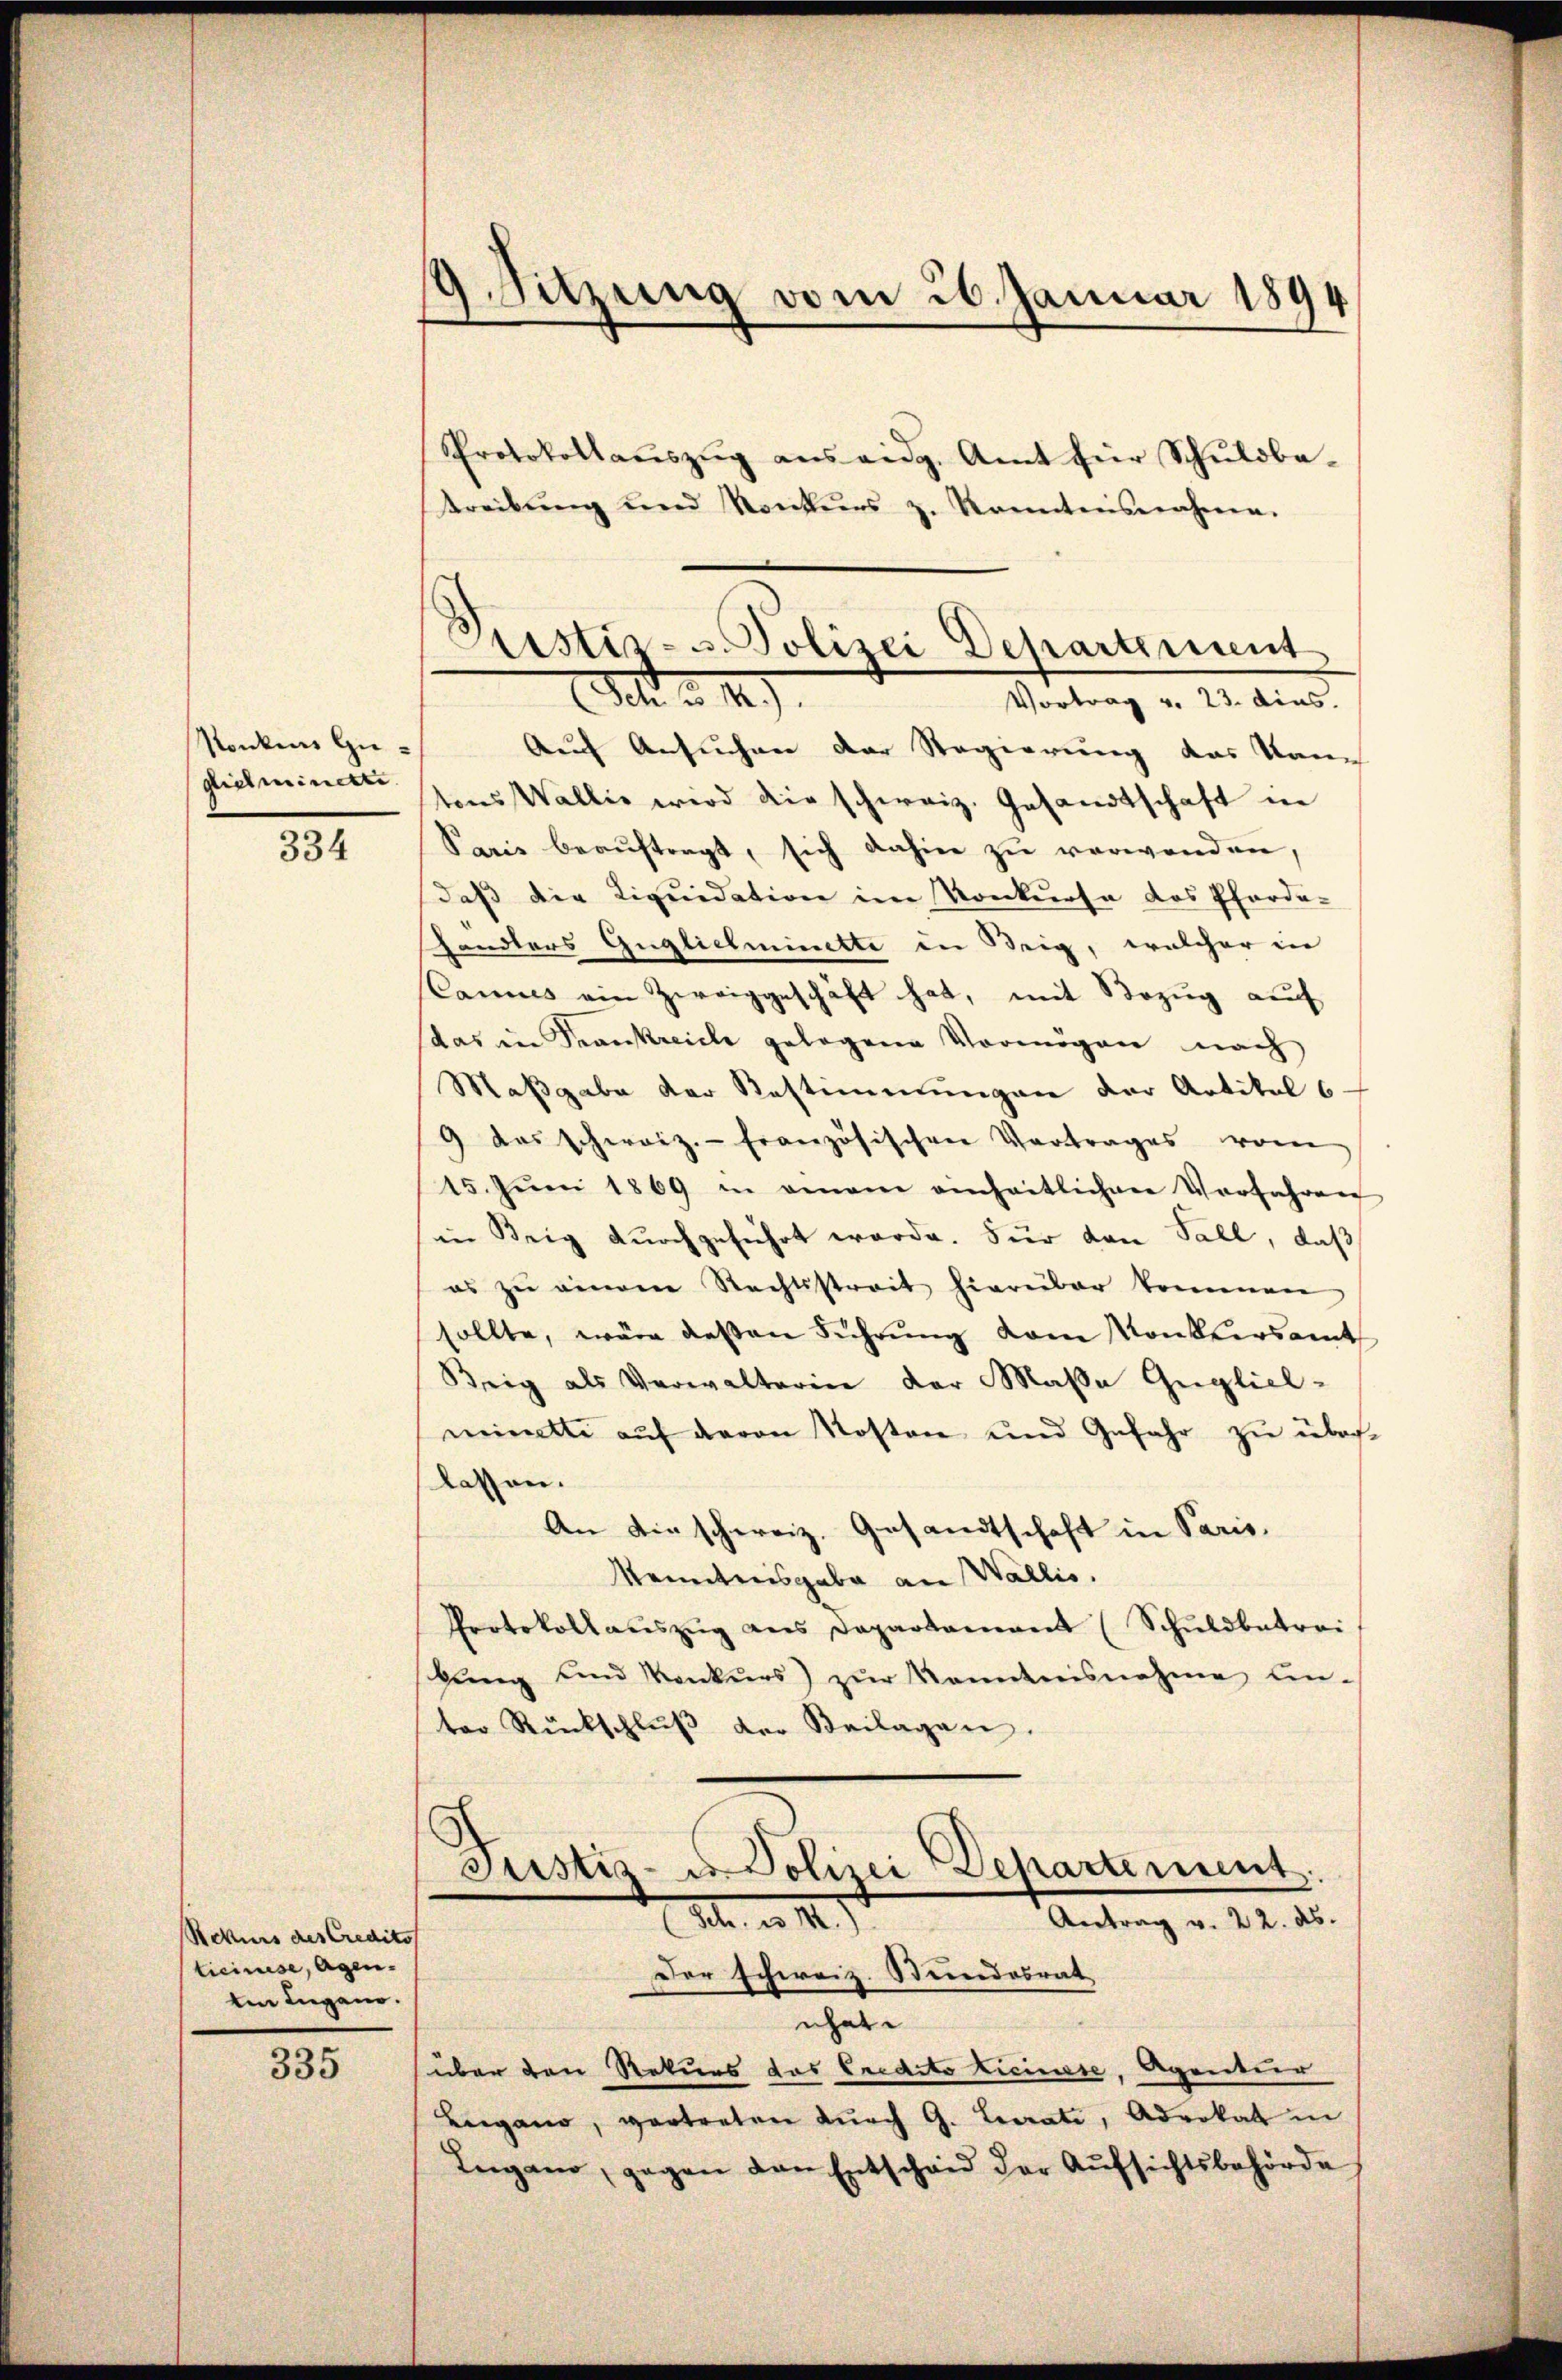
sonkens zu,
Glict minetti.

334

Rekurs des Credito
ticinise, Agen.
emn Lugano.

335

9. Sitzung vom 26. Januar 1894

Pustiz- u. Polizei Departement
Ich. a. 142).
Vortrag v. 23. dies

Protokollaŭszŭg ans eidg. Amt für Schŭldba-
treibŭng und Konkŭrs z. Konntensnahme.
Auf Ansuchen der Regierung das kann
tons Wallis wird die schweiz. Gesandtschaft in
Paris beaŭftragt, sich dahin zŭ verwenden,
daß die Liquidation im Konkurse des Pforde-
handlers Guglielminette in Beig, welcher in
Cannes ein Zweiggeschäft hat, mit Bezug auf
das in Frankreiche gelegene Vermögen nach
Maßgabe der Bestimmungen der Artikel 6
9 das schweiz.- französischen Vortrages vom
15. Jŭni 1869 in einem anheitlichen Verfahren
in Steig durchgeführt worde. Für von Fall, daß
es zŭ einem Rechtsstreit hierüber kommen,
sollte, wäre deßen Führung vom Konkursamt
Beig als Verwalterin der Maßa Gugliel-
mimette auf davon Kosten und Gefahr zu über
lassen.
An die schweiz. Gesandtschaft in Paris,
Kenntnisgabe an Wallis.
Protokollauszug aus Departament (Schuldbetrei
bŭng und Konkŭrs) zŭr Kenntnisnahme an-
ter Rückschlŭβ der Beilagen.
Justiz- u. Polizei Departement.
I. d. M.
Antrag v. 22. ds.
Der schweiz. Stundesrat
nhat
über den Rekurs das Credito Licinese, Agentier
Lugano, vertreten durch G. Curati, Advokal in
Lugano, gegen den Entscheid der Aŭfsichtsbehörde